Report on vaccination in the Province of Bengal - 1869-1873
Year: 1869
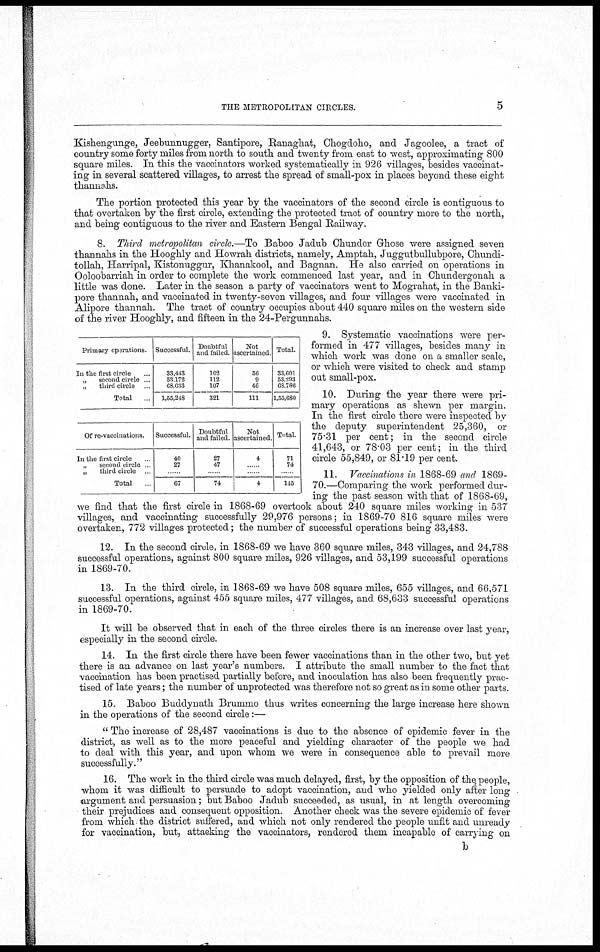
THE METROPOLITAN CIRCLES.
5
Kishengunge, Jeebunnugger, Santipore, Ranaghat, Chogdoho, and Jagoolee, a tract of
country some forty miles from north to south and twenty from east to west, approximating 800
square miles. In this the vaccinators worked systematically in 926 villages, besides vaccinat-
ing in several scattered villages, to arrest the spread of small-pox in places beyond these eight
thannahs.
The portion protected this year by the vaccinators of the second circle is contiguous to
that overtaken by the first circle, extending the protected tract of country more to the north,
and being contiguous to the river and Eastern Bengal Railway.
8. Third metropolitan circle.—To Baboo Jadub Chunder Ghose were assigned seven
thannahs in the Hooghly and Howrah districts, namely, Amptah, Juggutbullubpore, Chundi¬
tollah, Harripal, Kistonuggur, Khanakool, and Bagnan. He also carried on operations in
Ooloobarriah in order to complete the work commenced last year, and in Chundergonah a
little was done. Later in the season a party of vaccinators went to Mograhat, in the Banki¬
pore thannah, and vaccinated in twenty-seven villages, and four villages were vaccinated in
Alipore thannah. The tract of country occupies about 440 square miles on the western side
of the river Hooghly, and fifteen in the 24-Pergunnahs.
Primary oparations
In the first circle ...
„
second circle ...
„
third circle
Total
Successful.
33,443
53,172
68,633
1,55,248
Doubtful
and failed.
102
112
107
321
Not
ascertained
56
9
46
111
Total.
33,601 53,293 68,786
1,55,680
Of re-vaccinations.
In the first circle
„
second circle
„
third circle
Total ...
Successful.
40
27
...
67
Doubtful
and failed
27
47
...
74
Not
ascertained
4
...
...
4
Total.
71
74
...
145
9. Systematic vaccinations were per-
formed in 477 villages, besides many in
which work was done on a smaller scale,
or which were visited to check and stamp
out small-pox.
10. During the year there were pri-
mary operations as shewn per margin.
In the first circle there were inspected by
the deputy superintendent 25,360, or
75.31 per cent; in the second circle
41,643, or 78.03 per cent; in the third
circle 55,849, or 81.19 per cent.
11. Vaccinations in 1868-69 and 1869-
70.—Comparing the work performed dur-
ing the past season with that of 1868-69,
we find that the first circle in 1868-69 overtook about 240 square miles working in 537
villages, and vaccinating successfully 29,976 persons; in 1869-70 816 square miles were
overtaken, 772 villages protected; the number of successful operations being 33,483.
12. In the second circle, in 1868-69 we have 360 square miles, 343 villages, and 24,788
successful operations, against 800 square miles, 926 villages, and 53,199 successful operations
in 1869-70.
13. In the third circle, in 1868-69 we have 508 square miles, 655 villages, and 66,571
successful operations, against 455 square miles, 477 villages, and 68,633 successful operations
in 1869-70.
It will be observed that in each of the three circles there is an increase over last year,
especially in the second circle.
14. In the first circle there have been fewer vaccinations than in the other two, but yet
there is an advance on last year's numbers. I attribute the small number to the fact that
vaccination has been practised partially before, and inoculation has also been frequently prac-
tised of late years; the number of unprotected was therefore not so great as in some other parts.
15. Baboo Buddynath Brummo thus writes concerning the large increase here shown
in the operations of the second circle:—
" The increase of 28,487 vaccinations is due to the absence of epidemic fever in the
district, as well as to the more peaceful and yielding character of the people we had
to deal with this year, and upon whom we were in consequence able to prevail more
successfully."
16. The work in the third circle was much delayed, first, by the opposition of the people,
whom it was difficult to persuade to adopt vaccination, and who yielded only after long
argument and persuasion; but Baboo Jadub succeeded, as usual, in at length overcoming
their prejudices and consequent opposition. Another check was the severe epidemic of fever
from which the district suffered, and which not only rendered the people unfit and unready
for vaccination, but, attacking the vaccinators, rendered them incapable of carrying on
b